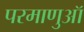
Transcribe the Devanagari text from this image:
परमाणुऑ